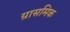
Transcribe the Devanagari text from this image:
ग्रासमिक